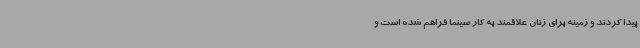
پیدا کردند و زمینه برای زنان علاقمند به کار سینما فراهم شده است و